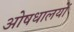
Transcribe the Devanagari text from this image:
ओषधालयों